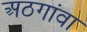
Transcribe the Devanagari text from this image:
अठगांवा